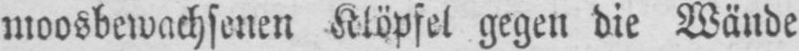
moosbewachsenen Klöpfel gegen die Wände